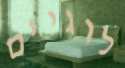
לוגיים